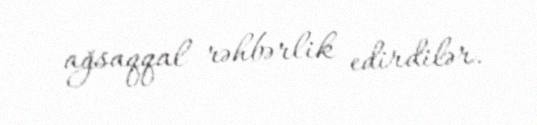
ağsaqqal rəhbərlik edirdilər.